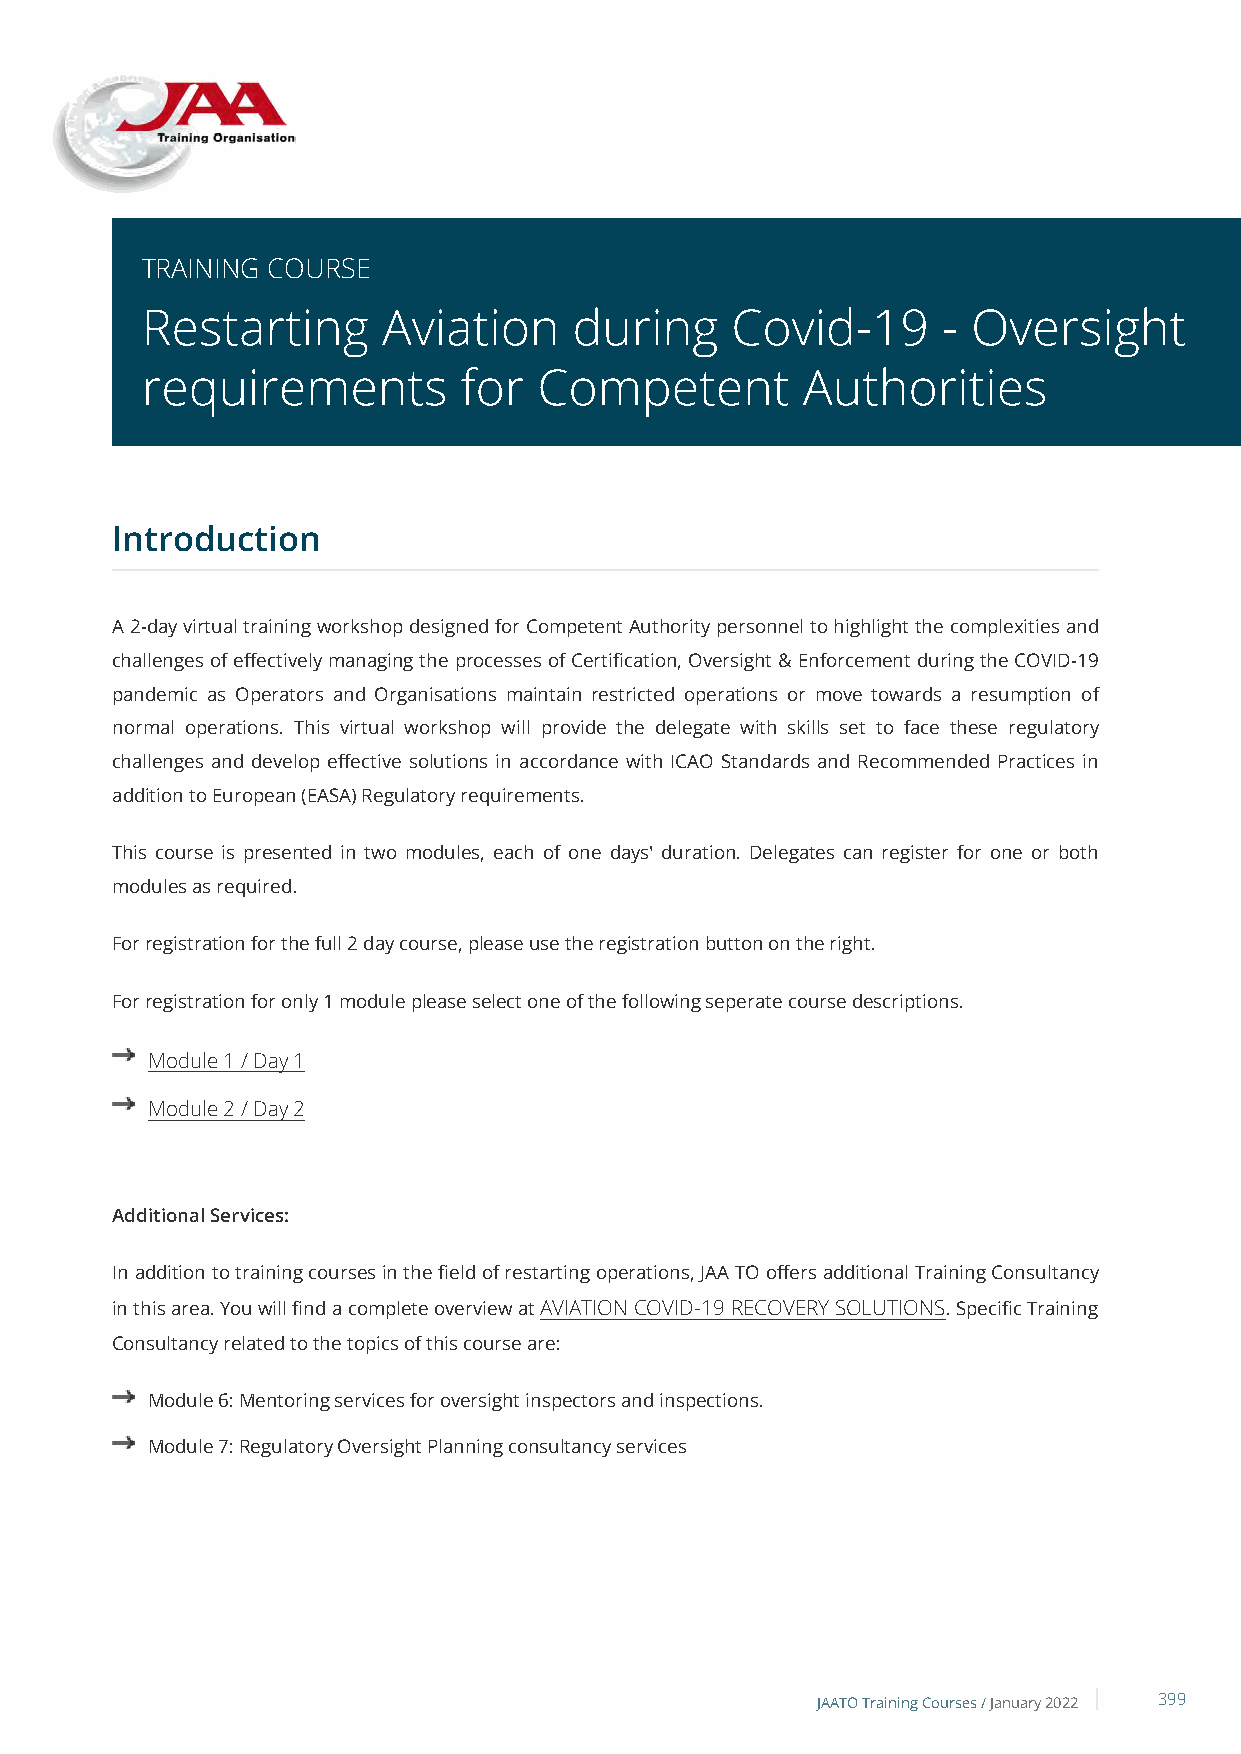
TRAINING COURSE
 Restarting      Aviation     during    Covid-19      - Oversight
 requirements         for   Competent        Authorities
 Introduction
 A 2-day virtual training workshop designed for Competent Authority personnel to highlight the complexities and
 challenges of effectively managing the processes of Certification, Oversight & Enforcement during the COVID-19
 pandemic as Operators and Organisations maintain restricted operations or move towards a resumption of
 normal operations. This virtual workshop will provide the delegate with skills set to face these regulatory
 challenges and develop effective solutions in accordance with ICAO Standards and Recommended Practices in
 addition to European (EASA) Regulatory requirements.
 This course is presented in two modules, each of one days' duration. Delegates can register for one or both
 modules as required.
 For registration for the full 2 day course, please use the registration button on the right.
 For registration for only 1 module please select one of the following seperate course descriptions.
 Module 1 / Day 1
 Module 2 / Day 2
 Additional Services:
 In addition to training courses in the field of restarting operations, JAA TO offers additional Training Consultancy
 in this area. You will find a complete overview at AVIATION COVID-19 RECOVERY SOLUTIONS. Specific Training
 Consultancy related to the topics of this course are:
 Module 6: Mentoring services for oversight inspectors and inspections.
 Module 7: Regulatory Oversight Planning consultancy services
 JAATO Training Courses /January 2022 399